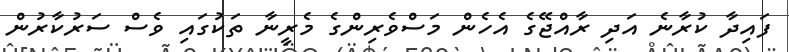
ފައިދާ ކުރާނެ އަދި ރާއްޖޭގެ އެހެން މަސްވެރިންގެ މެރީނާ ތަކުގައި ވެސް ސަރުކާރުން